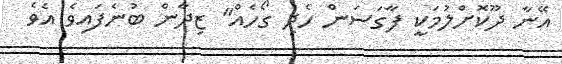
އޭނާ ދޫކޮށްލުމަކީ ފާގަސަން ހެދި ގޯހެއް" ޒިދާން ބުނެފައިވެ އެވެ